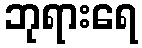
ဘုရားရေ